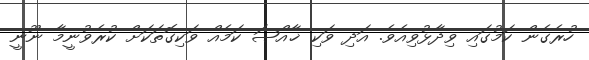
ހުރެގެން ކަމުގައި ވިދާޅުވިއެވެ. އަދި ވަކި ޚާއްޞަ ކަމެއް ވަކިގޮތަކަށް ކުރެވުނީމާ ނޫނީ